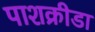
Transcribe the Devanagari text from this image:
पाशक्रीडा